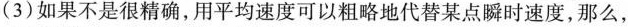
(3)如果不是很精确，用平均速度可以粗略地代替某点瞬时速度，那么，